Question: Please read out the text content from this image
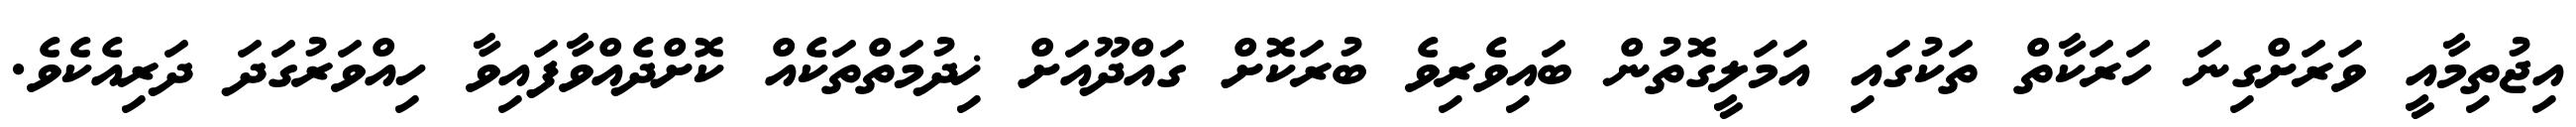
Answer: އިޖުތިމާއީ ވަރަށްގިނަ ހަރަކާތް ތަކުގައި އަމަލީގޮތުން ބައިވެރިވެ ބުރަކޮށް ގައްދޫއަށް ޚިދުމަތްތަކެއް ކޮށްދެއްވާފައިވާ ހިއްވަރުގަދަ ދަރިއެކެވެ.